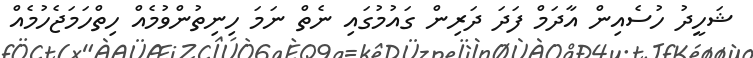
ޝަހީދު ހުސެއިން އާދަމް ފަދަ ދަރިން ގައުމުގައި ނެތް ނަމަ ހިނިތުންވުމެއް ހިތްހަމަޖެހުމެއް